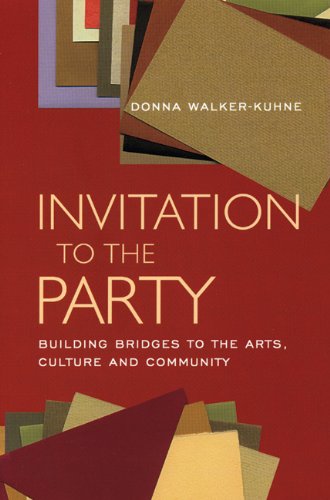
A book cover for Invitation to the Party: Building Bridges to the Arts, Culture and Community; Donna Walker-Kuhne; Business & Money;